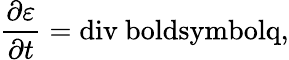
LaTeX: \frac{\partial\varepsilon}{\partial t}=\mathrm{{div}\ boldsymbol{q},}